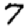
Digit: 7